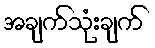
အချက်သုံးချက်